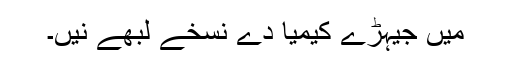
میں جیہڑے کیمیا دے نسخے لبھے نیں۔